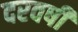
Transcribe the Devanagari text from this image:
दरवर्षी